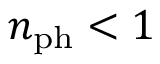
n _ { \mathrm { p h } } < 1